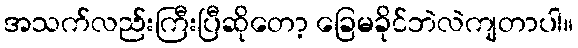
အသက်လည်းကြီးပြီဆိုတော့ ခြေမခိုင်ဘဲလဲကျတာပါ။